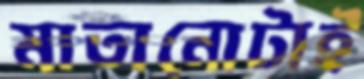
মাতানোটাই